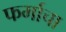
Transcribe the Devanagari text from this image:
फर्माचा